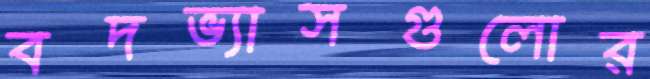
বদভ্যাসগুলোর